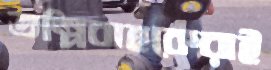
তল্পিবাহকেরাই